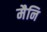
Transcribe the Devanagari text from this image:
मैनि